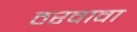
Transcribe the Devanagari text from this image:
ठरवावा